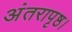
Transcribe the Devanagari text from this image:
अंतरापृष्ठ।